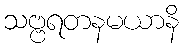
သဗ္ဗရတနမယာနိ